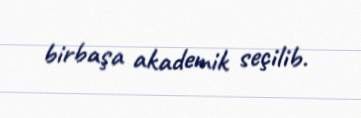
birbaşa akademik seçilib.